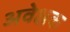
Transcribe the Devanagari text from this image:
अवेक्षक